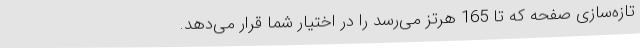
تازه‌سازی صفحه که تا 165 هرتز می‌رسد را در اختیار شما قرار می‌دهد.